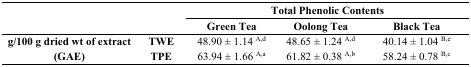
|  |  | <COLSPAN=3> Total Phenolic Contents |
 |  |  | Green Tea | Oolong Tea | Black Tea |
 | --- | --- | --- | --- | --- |
 | g/100 g dried wt of extract | TWE | 48.90 ± 1.14 A,d | 48.65 ± 1.24 A,d | 40.14 ± 1.04 B,e |
 | (GAE) | TPE | 63.94 ± 1.66 A,a | 61.82 ± 0.38 A,b | 58.24 ± 0.78 B,c |